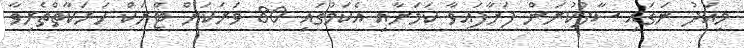
މިއަދު ނަގައި ސާފުކުރަން ފަށާފައިވާ ކަމަށާއި އެކަމުގައި 80 ވަރަކަށް ޓްރަކް ހަރަކާތްތެރިވާ